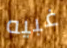
غبيه